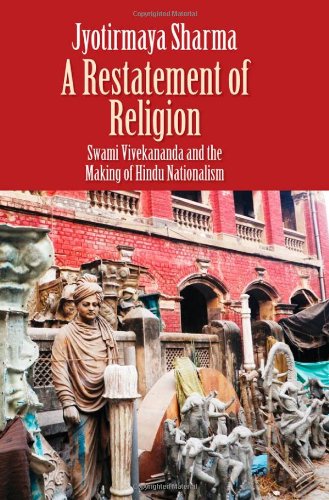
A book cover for A Restatement of Religion: Swami Vivekananda and the Making of Hindu Nationalism; Jyotirmaya Sharma; Religion & Spirituality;